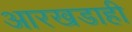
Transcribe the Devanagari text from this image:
आरखडाही